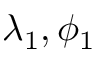
\lambda _ { 1 } , \phi _ { 1 }